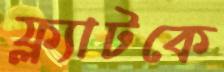
ফ্ল্যাটকে